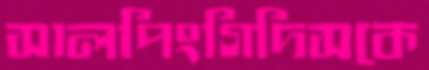
সালপিংগিদিসকে